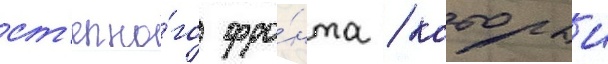
ст'епно́го фро́нта / которыи